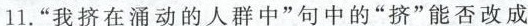
11“我在通动的人群中”句中的“挤”能否改成